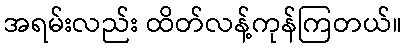
အရမ်းလည်း ထိတ်လန့်ကုန်ကြတယ်။